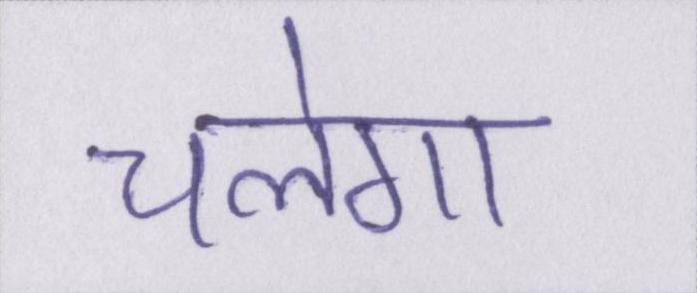
चलेगा